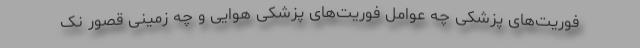
فوریت‌های پزشکی چه عوامل فوریت‌های پزشکی هوایی و چه زمینی قصور نک